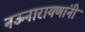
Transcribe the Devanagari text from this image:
नऊनारायणांनी